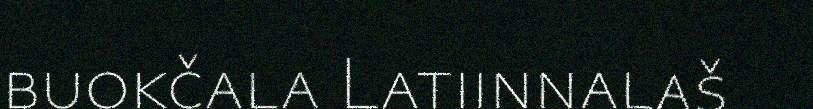
buokčala Latiinnalaš